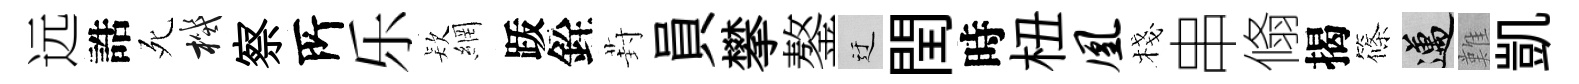
远誥死機察𠩄乐𣣇網䟦銓葑員攀鏊迂閏時杻凰棧串翛揭篠邁難凱